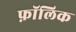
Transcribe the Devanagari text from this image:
फ़ॉलिक